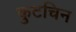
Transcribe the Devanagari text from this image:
कुटचिन